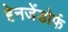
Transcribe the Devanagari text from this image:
हेनजेंडोर्फ